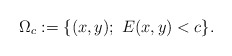
\begin{align*}\Omega_c:=\{(x,y);\ E(x,y)<c\}.\end{align*}